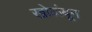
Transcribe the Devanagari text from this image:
खोळंबून